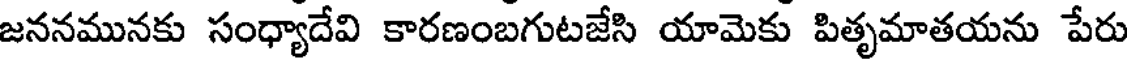
జననమునకు సంధ్యాదేవి కారణంబగుటజేసి యామెకు పితృమాతయను పేరు